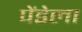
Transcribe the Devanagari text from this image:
पेंडेला